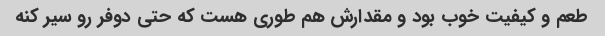
طعم و کیفیت خوب بود و مقدارش هم طوری هست که حتی دوفر رو سیر کنه